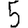
Digit: 5